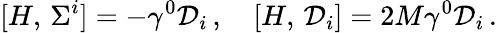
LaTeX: [H,\, \Sigma^{i}]=-\gamma^{0}{\cal D}_{i}\, ,\quad[H,\, {\cal D}_{i}]=2M\gamma^{0}{\cal D}_{i}\, .